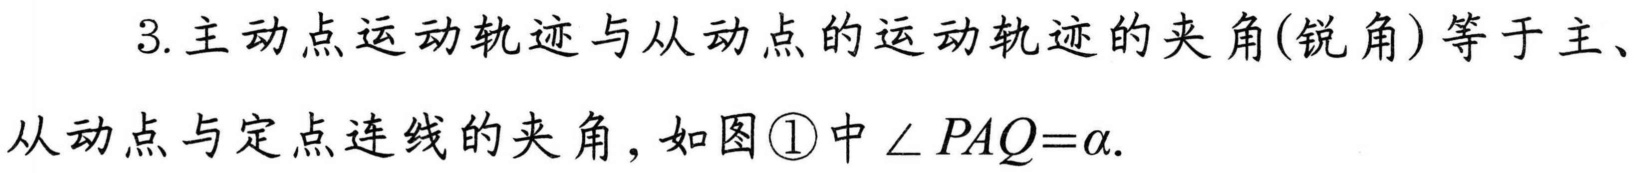
3. 主动点运动轨迹与从动点的运动轨迹的夹角(锐角)等于主、从动点与定点连线的夹角, 如图\textcircled{1}中\(\angle PAQ = \alpha\).